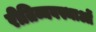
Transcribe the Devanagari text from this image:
रीतिव्यवस्थाओं